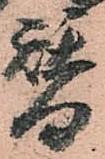
替